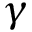
\gamma